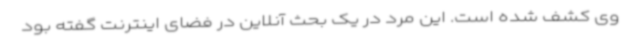
وی کشف شده است. این مرد در یک بحث آنلاین در فضای اینترنت گفته بود